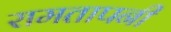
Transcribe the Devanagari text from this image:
रामतापनी